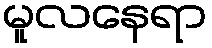
မူလနေရာ